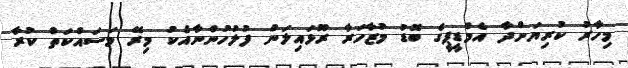
މިހާރު ކުރިޔަށްދާ އެމްޑީޕީގެ ބޮޑު މުޒާހަރާ ރޫޅައިލަން ފުލުހުންނާއެކު މިރޭ މަސައްކަތް ކުރާ